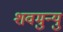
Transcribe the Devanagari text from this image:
शवमुन्यु